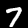
Label: 7